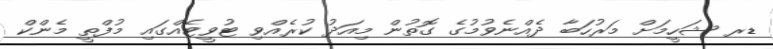
ޑރ ޝަހީމަށް މަރުހަބާ ދެއްނެވުމުގެ ގޮތުން މިއަދު ކުރެއްވި ޓުވީޓެއްގައި މުފްތީ މެންކް